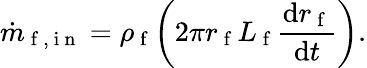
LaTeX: \dot{m}_{\mathrm{~f~,~i~n~}}=\rho_{\mathrm{~f~}}\bigg(2\pi r_{\mathrm{~f~}}L_{\mathrm{~f~}}\frac{\mathrm{d}r_{\mathrm{~f~}}}{\mathrm{d}t}\bigg).